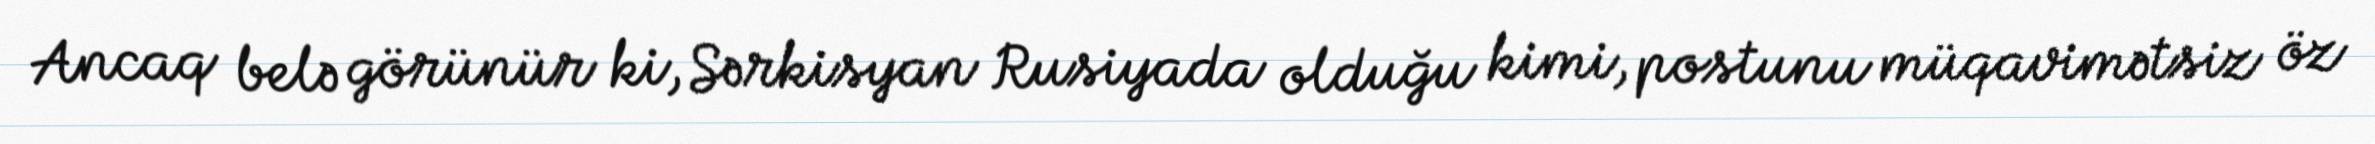
Ancaq belə görünür ki, Sərkisyan Rusiyada olduğu kimi, postunu müqavimətsiz öz